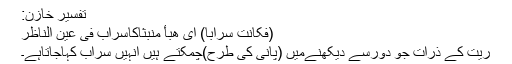
تفسیرِ خازن:
(فَکَانَتْ سَرَابًا) ای ھبأ منبثاکاسراب فی عین الناظر
ریت کے ذرات جو دورسے دیکھنےمیں (پانی کی طرح)چمکتے ہیں انہیں سراب کہاجاتاہے۔